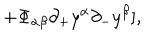
LaTeX: \hspace { 2 0 m m } + \Phi _ { \alpha \beta } { \partial _ { + } } y ^ { \alpha } { \partial _ { - } } y ^ { \beta } ] ,